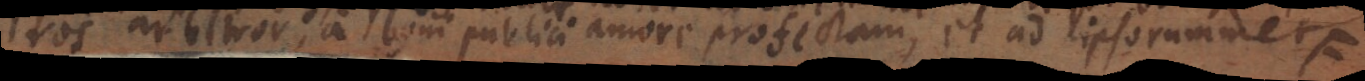
ros arbitror, a boni publici amore profectam et ad ipsorumme